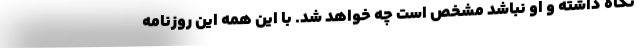
نگاه داشته و او نباشد مشخص است چه خواهد شد. با این همه این روزنامه